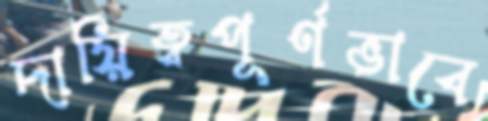
দায়িত্বপূর্ণভাবে